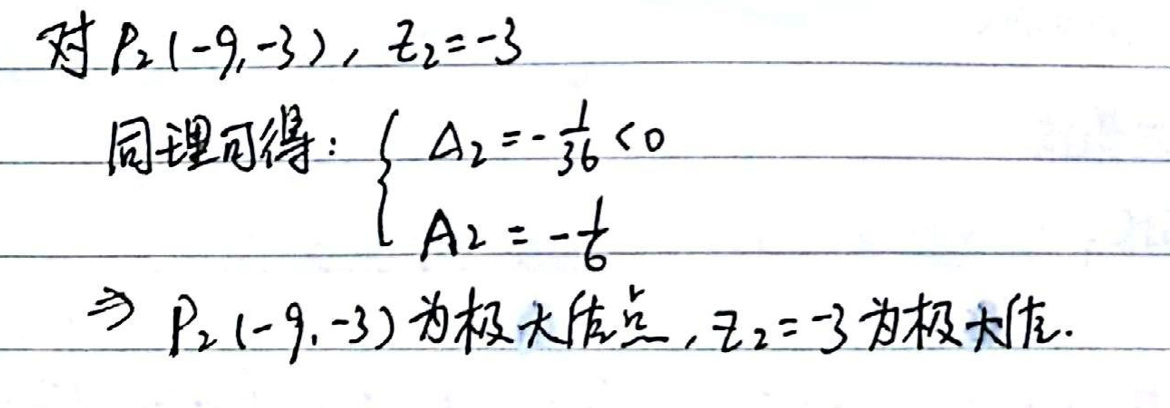
对$P_2(-9,-3),z_2 = - 3$

同理可得：$\begin{cases}\Delta_2=-\frac{1}{36}<0\\A_2 = -\frac{1}{6}\end{cases}$

$\Rightarrow P_2(-9,-3)$为极大值点，$z_2=-3$为极大值。